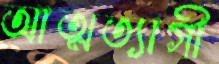
আত্মত্যাগী